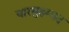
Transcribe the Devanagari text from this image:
यारमुहम्मद